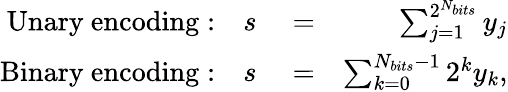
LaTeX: \begin{array}{rlr}{\mathrm{Unary\ encoding:\quad}s}&{{}=}&{\sum_{j=1}^{2^{N_{bits}}}y_{j}}\\ {\mathrm{Binary\ encoding:\quad}s}&{{}=}&{\sum_{k=0}^{N_{bits}-1}2^{k}y_{k},}\end{array}